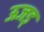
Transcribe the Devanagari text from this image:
ऊजड्